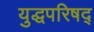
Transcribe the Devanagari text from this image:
युद्धपरिषद्